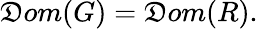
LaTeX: \mathfrak{D}om(G)=\mathfrak{D}om(R).